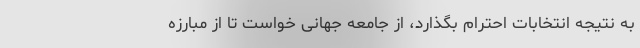
به نتیجه انتخابات احترام بگذارد، از جامعه جهانی خواست تا از مبارزه